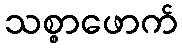
သစ္စာဖောက်